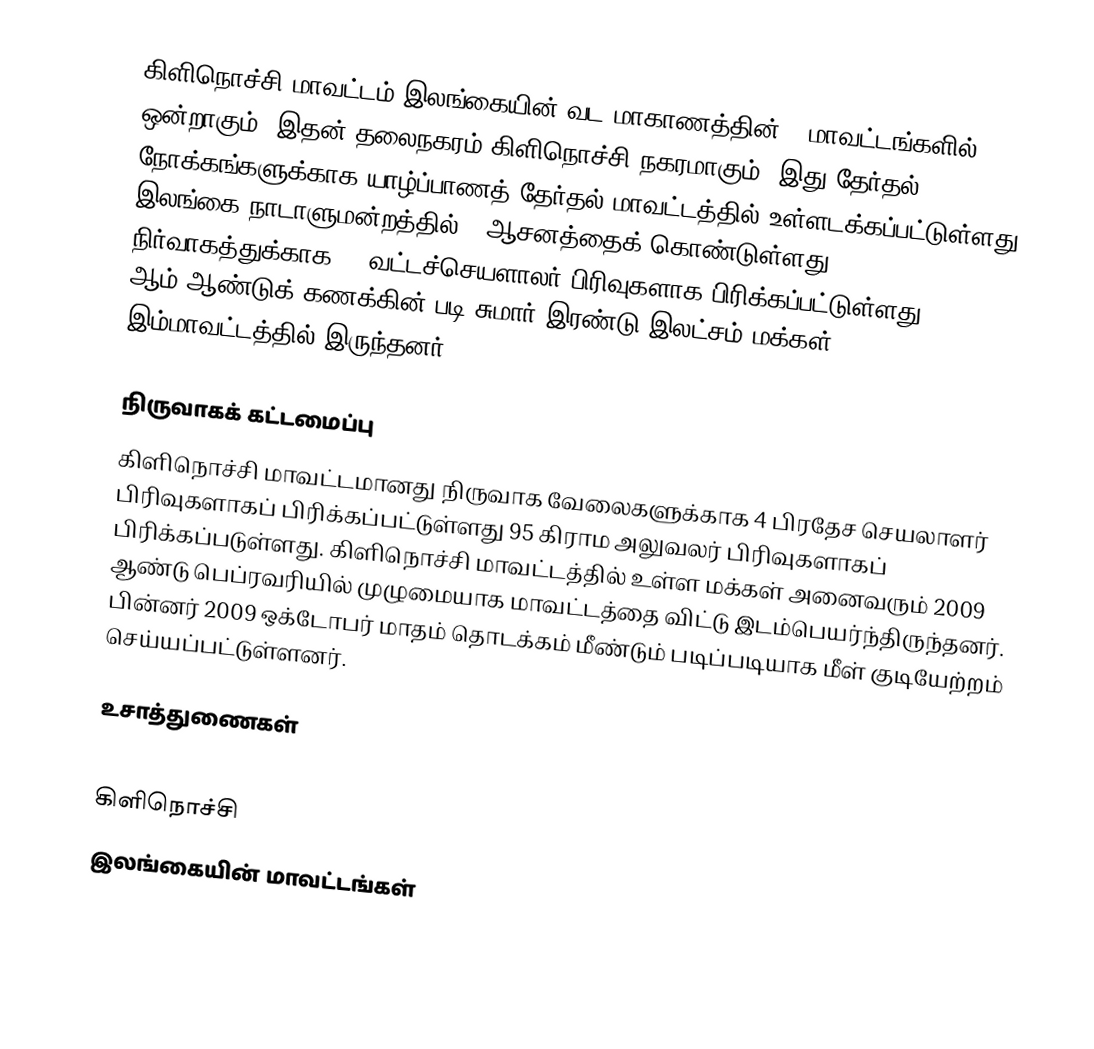
கிளிநொச்சி மாவட்டம்   இலங்கையின் வட மாகாணத்தின் 5 மாவட்டங்களில் ஒன்றாகும். இதன் தலைநகரம் கிளிநொச்சி நகரமாகும். இது தேர்தல் நோக்கங்களுக்காக யாழ்ப்பாணத் தேர்தல் மாவட்டத்தில் உள்ளடக்கப்பட்டுள்ளது. இலங்கை நாடாளுமன்றத்தில் 1 ஆசனத்தைக் கொண்டுள்ளது. நிர்வாகத்துக்காக 03 வட்டச்செயளாலர் பிரிவுகளாக பிரிக்கப்பட்டுள்ளது. 2007 ஆம் ஆண்டுக் கணக்கின் படி சுமார் இரண்டு இலட்சம் மக்கள் இம்மாவட்டத்தில் இருந்தனர் .

நிருவாகக் கட்டமைப்பு
கிளிநொச்சி மாவட்டமானது நிருவாக வேலைகளுக்காக 4 பிரதேச செயலாளர் பிரிவுகளாகப் பிரிக்கப்பட்டுள்ளது 95 கிராம அலுவலர் பிரிவுகளாகப் பிரிக்கப்படுள்ளது. கிளிநொச்சி மாவட்டத்தில் உள்ள மக்கள் அனைவரும் 2009 ஆண்டு பெப்ரவரியில் முழுமையாக மாவட்டத்தை விட்டு இடம்பெயர்ந்திருந்தனர். பின்னர் 2009 ஒக்டோபர் மாதம் தொடக்கம் மீண்டும் படிப்படியாக மீள் குடியேற்றம் செய்யப்பட்டுள்ளனர்.

உசாத்துணைகள்

கிளிநொச்சி
இலங்கையின் மாவட்டங்கள்